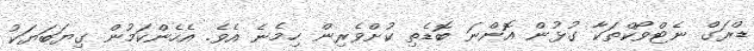
ޑްރަގް ނެޓްވޯކްތަކާ ގުޅުން އޮންނަ ބޮޑެތި ކުށްވެރިން ހިމެނެ އެވެ. އެހެންކަމުން ގިޔަބަޔަކު